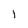
Character: 1